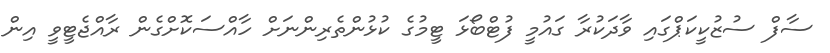
ސާފް ސުޒުކީކަޕްގައި ވާދަކުރާ ގައުމީ ފުޓްބޯޅަ ޓީމުގެ ކުޅުންތެރިންނަށް ހާއްސަކޮށްގެން ރާއްޖެޓީވީ އިން